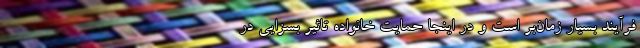
فرآیند بسیار زمان‌بر است و در اینجا حمایت خانواده تاثیر بسزایی در